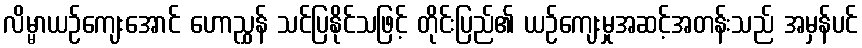
လိမ္မာယဉ်ကျေးအောင် ဟောညွှန် သင်ပြနိုင်သဖြင့် တိုင်းပြည်၏ ယဉ်ကျေးမှုအဆင့်အတန်းသည် အမှန်ပင်